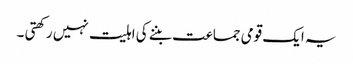
یہ ایک قومی جماعت بننے کی اہلیت نہیں رکھتی ۔